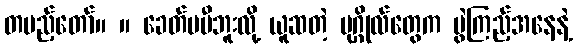
တပည့်တော်။ ။ ခေတ်မမီဘူးလို့ ယူဆတဲ့ ပုဂ္ဂိုလ်တွေက ပွဲကြည့်အနေနဲ့